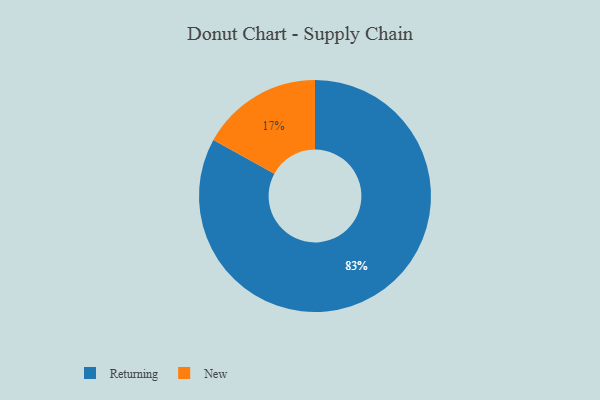
{"axis": {"x": "Category", "y": "Percentage"}, "legend": ["New", "Returning"], "data": [{"x": "Returning", "y": 83, "type": "Returning"}, {"x": "New", "y": 17, "type": "New"}]}